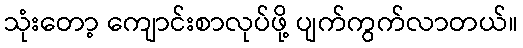
သုံးတော့ ကျောင်းစာလုပ်ဖို့ ပျက်ကွက်လာတယ်။